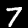
Digit: 7